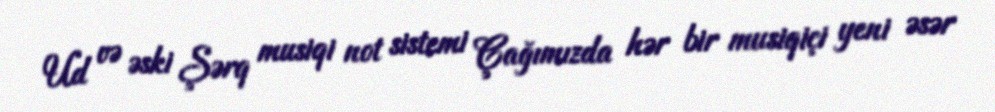
Ud və əski Şərq musiqi not sistemi Çağımızda hər bir musiqiçi yeni əsər